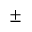
\pm